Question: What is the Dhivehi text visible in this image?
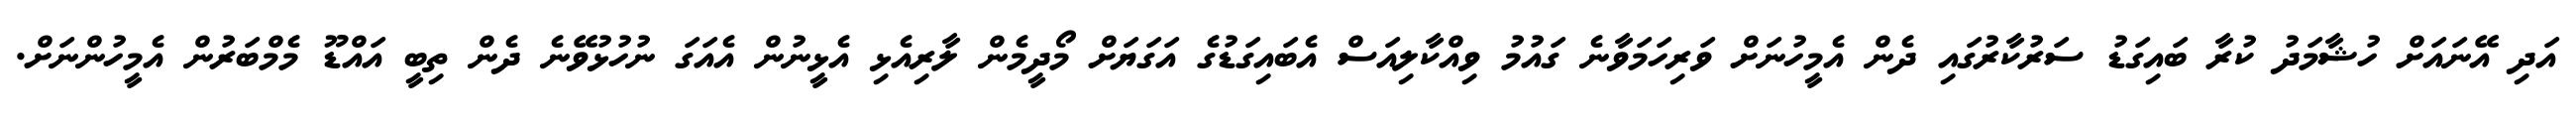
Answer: އަދި އޭނައަށް ހުޝާމަދު ކުރާ ބައިގަޑު ސަރުކާރުގައި ދެން އެމީހުނަށް ވަރިހަމަވާނެ ގައުމު ވިއްކާލިއަސް އެބައިގަޑުގެ އަގަޔަށް މޯދީމެން ލާރިއެޅި އެޅީނުން އެއަގަ ނުހުޅުވޭނެ ދެން ތިބީ އައްޑޫ މެމްބަރުން އެމީހުންނަށް.